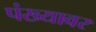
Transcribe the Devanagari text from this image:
पंख्यावर